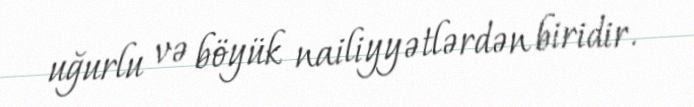
uğurlu və böyük nailiyyətlərdən biridir.